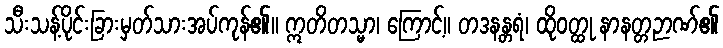
သီးသန့်ပိုင်းခြားမှတ်သားအပ်ကုန်၏။ ဣတိတသ္မာ၊ ကြောင့်။ တဒနန္တရံ၊ ထိုဝတ္ထု နာနတ္တဉာဏ်၏